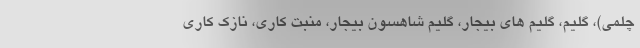
چلمی)، گلیم، گلیم های بیجار، گلیم شاهسون بیجار، منبت کاری، نازک کاری